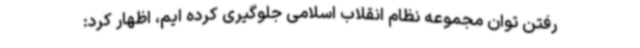
رفتن توان مجموعه نظام انقلاب اسلامی جلوگیری کرده ایم، اظهار کرد: